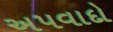
અપવાદો